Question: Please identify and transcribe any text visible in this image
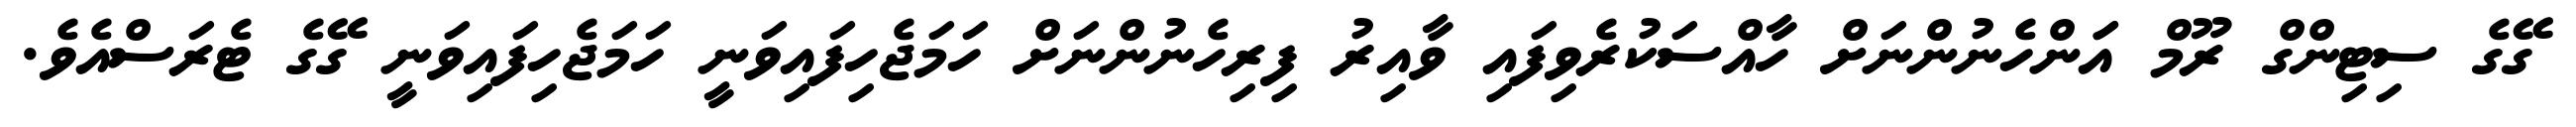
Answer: ގޭގެ ސިޓިންގް ރޫމް އަަންހެނުންނަށް ހާއްސަކުރެވިފައި ވާއިރު ފިރިހެނުންނަށް ހަމަޖެހިފައިވަނީ ހަމަޖެހިފައިވަނީ ގޭގެ ޓެރަސްއެވެ.